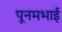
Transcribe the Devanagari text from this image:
पूनमभाई